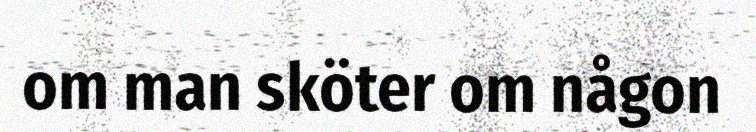
om man sköter om någon